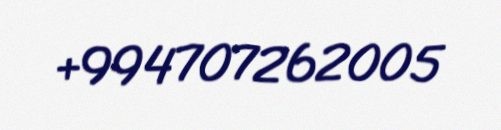
+994707262005